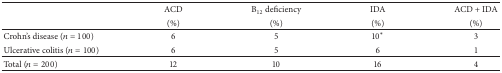
| <ROWSPAN=2>  | ACD | B12 deficiency | IDA | ACD + IDA |
 | (%) | (%) | (%) | (%) |
 | --- | --- | --- | --- | --- |
 | Crohn's disease (n = 100) | 6 | 5 | 10∗ | 3 |
 | Ulcerative colitis (n = 100) | 6 | 5 | 6 | 1 |
 | Total (n = 200) | 12 | 10 | 16 | 4 |